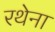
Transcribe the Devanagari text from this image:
रथेना